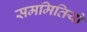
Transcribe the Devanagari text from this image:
सममितियों